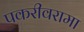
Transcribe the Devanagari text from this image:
पकरीवरामा